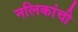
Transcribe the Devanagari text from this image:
नलिकांची